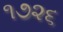
૧૭૨૬